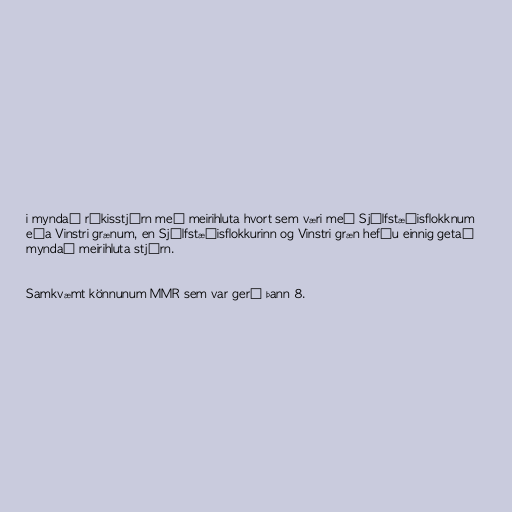
i myndað ríkisstjórn með meirihluta hvort sem væri með Sjálfstæðisflokknum
eða Vinstri grænum, en Sjálfstæðisflokkurinn og Vinstri græn hefðu einnig getað
myndað meirihluta stjórn.

Samkvæmt könnunum MMR sem var gerð þann 8.